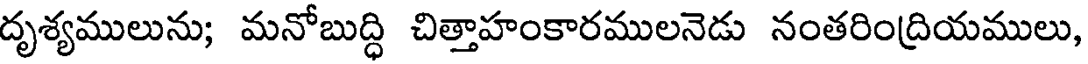
దృశ్యములును; మనోబుద్ధి చిత్తాహంకారములనెడు నంతరింద్రియములు,